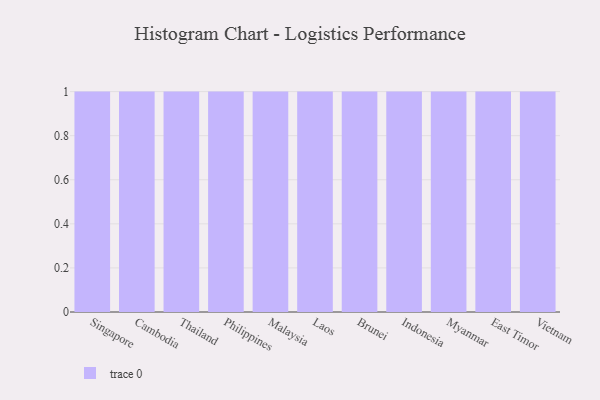
{"axis": {"x": "Country", "y": "Latency (ms)"}, "legend": [""], "data": [{"x": "Singapore", "y": 20, "type": ""}, {"x": "Cambodia", "y": 81, "type": ""}, {"x": "Thailand", "y": 4, "type": ""}, {"x": "Philippines", "y": 93, "type": ""}, {"x": "Malaysia", "y": 38, "type": ""}, {"x": "Laos", "y": 63, "type": ""}, {"x": "Brunei", "y": 53, "type": ""}, {"x": "Indonesia", "y": 47, "type": ""}, {"x": "Myanmar", "y": 72, "type": ""}, {"x": "East Timor", "y": 53, "type": ""}, {"x": "Vietnam", "y": 88, "type": ""}]}